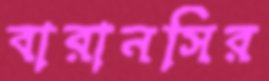
বারানসির